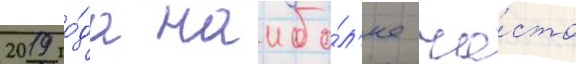
2019 го́да наибо́л'ее ча́сто